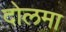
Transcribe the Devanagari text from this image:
दोलमा